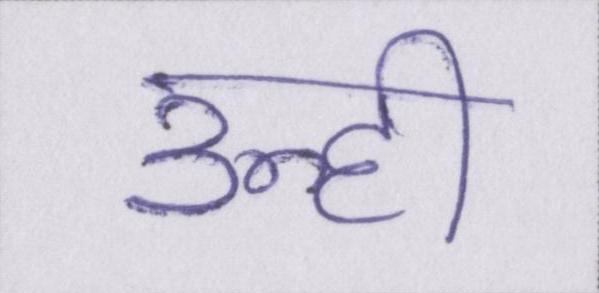
उन्ही